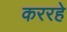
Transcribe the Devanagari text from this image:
कररहे